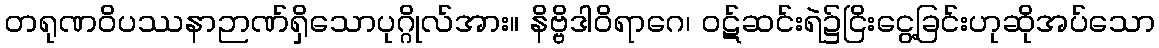
တရုဏဝိပဿနာဉာဏ်ရှိသောပုဂ္ဂိုလ်အား။ နိဗ္ဗိဒါဝိရာဂေ၊ ဝဋ်ဆင်းရဲ၌ငြိးငွေ့ခြင်းဟုဆိုအပ်သော